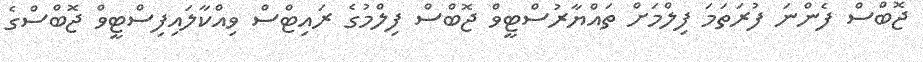
ޖޮބްސް ފެންނަ ފުރަތަމަ ފިލްމަށް ތައްޔާރުސްޓީވް ޖޮބްސް ފިލްމުގެ ރައިޓްސް ވިއްކާލައިފިސްޓީވް ޖޮބްސްގެ